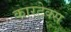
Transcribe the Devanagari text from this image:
कारटेक्स